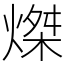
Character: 𤌴